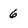
Character: 6